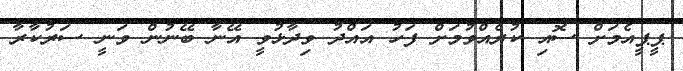
ޕީޕީއެމަށް ސޮއި ކުރެއްވުމަށް ފަހު އައްދު ވިދާޅުވީ އޭނާ ބޭނުން ވަނީ ސަރުކާރާ